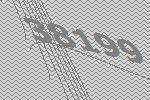
38199